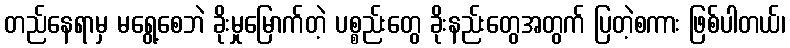
တည်နေရာမှ မရွေ့စေဘဲ ခိုးမှုမြောက်တဲ့ ပစ္စည်းတွေ ခိုးနည်းတွေအတွက် ပြတဲ့စကား ဖြစ်ပါတယ်၊